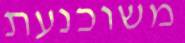
משוכנעת